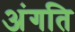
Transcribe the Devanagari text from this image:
अंगति